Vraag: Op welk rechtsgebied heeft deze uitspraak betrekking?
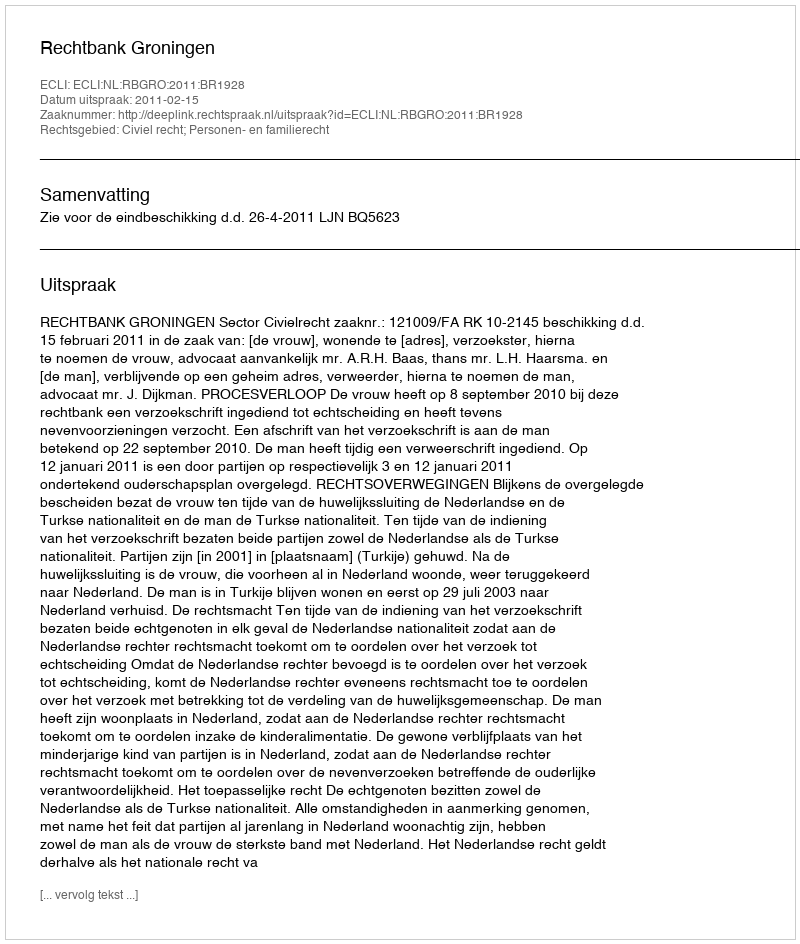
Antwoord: Civiel recht; Personen- en familierecht